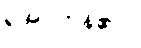
ရအပ်ကုန်၏။)